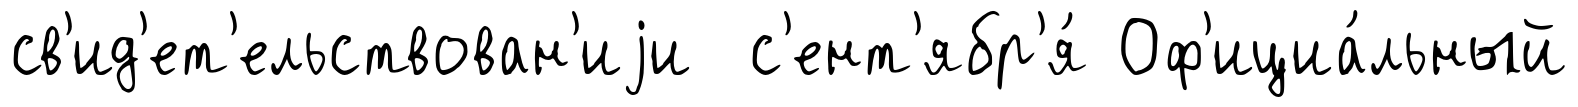
св'ид'ет'ельствован'иjи с'ент'ябр'я́ Оф'ициа́льный